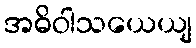
အဓိဝါသယေယျ